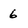
Character: 6